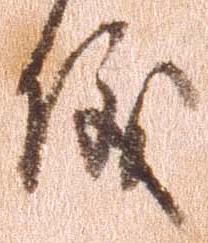
儀